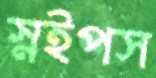
স্নইপস